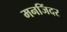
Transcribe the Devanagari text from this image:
मनजिंदर